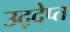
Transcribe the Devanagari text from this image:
उद्देप्त